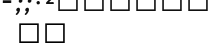
٦٢